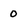
Character: 0